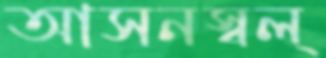
আসনস্বল্